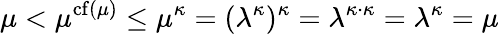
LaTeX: \mu<\mu^{\operatorname{cf}(\mu)}\leq\mu^{\kappa}=(\lambda^{\kappa})^{\kappa}=\lambda^{\kappa\cdot\kappa}=\lambda^{\kappa}=\mu